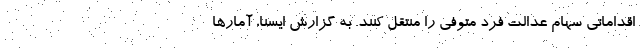
اقداماتی سهام عدالت فرد متوفی را منتقل کنند. به گزارش ایسنا، آمارها